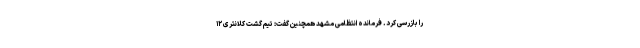
را بازرسی کرد. فرمانده انتظامی مشهد همچنین گفت: تیم گشت کلانتری ۱۲